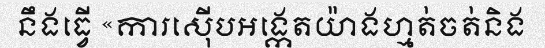
នឹងធ្វើ «ការស៊ើបអង្កេតយ៉ាងហ្មត់ចត់និង